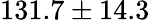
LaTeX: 131.7\pm 14.3